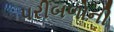
પરીબળોની